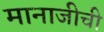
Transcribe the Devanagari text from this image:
मानाजीची